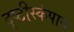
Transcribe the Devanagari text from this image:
दृष्टीस्केपात